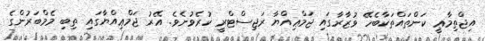
އިޖްތިމާޢީ ކަންތައްތަކާބެހޭ ވުޒާރާގައި ޖަމްޢިއްޔާ ރަޖިސްޓްރީ ކުރެވުނެވެ. އޭރު ޖަމްޢިއްޔާގައި ތިބި މެމްބަރުންގެ